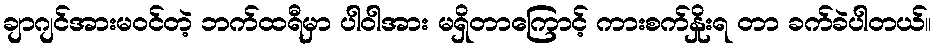
ချာဂျင်အားမဝင်တဲ့ ဘက်ထရီမှာ ပါဝါအား မရှိတာကြောင့် ကားစက်နှိုးရ တာ ခက်ခဲပါတယ်။